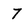
Character: 7